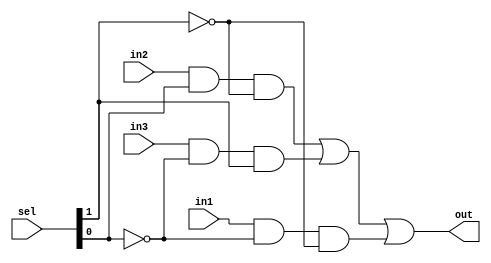
module mux2to1_3inp(out,sel,in1,in2,in3);
	input in1,in2,in3;
	input [1:0] sel;
	output out;
	wire inv_sel1,inv_sel0,wo0,wo1,wo2;
	not n1(inv_sel1,sel[1]);
	not n2(inv_sel0,sel[0]);
	and a0(wo0,in1,inv_sel0,inv_sel1);
	and a1(wo1,in2,sel[0],inv_sel1);
	and a2(wo2,in3,inv_sel0,sel[1]);
	or o1(out,wo1,wo2,wo0);
endmodule
module bit8_2to1mux_3inp(out,sel,in1,in2,in3);
	input [7:0] in1,in2,in3;
	output [7:0] out;
	input [1:0] sel;
	genvar j;
	generate for (j=0; j<8;j=j+1) begin: mux_loop
//mux_loop is the name of the loop
		mux2to1_3inp m1(out[j],sel,in1[j],in2[j],in3[j]);
//mux2to1 is instantiated every time it is called
	end
	endgenerate
endmodule
module bit32_2to1mux_3inp(out,sel,in1,in2,in3);
	input [31:0] in1,in2,in3;
	output [31:0] out;
	input [1:0] sel;
	genvar j;
	generate for (j=0;j<4;j=j+1) begin:new_loop
	bit8_2to1mux_3inp m2(out[8*(j+1)-1:8*j],sel,in1[8*(j+1)-1:8*j],in2[8*(j+1)-1:8*j],in3[8*(j+1)-1:8*j]);
	end
	endgenerate
endmodule
/*
module tb_8bit2to1mux;
 reg [31:0] INP1, INP2,INP3;
 reg [1:0]SEL;
 wire [31:0] out;
bit32_2to1mux_3inp M1(out,SEL,INP1,INP2,INP3);
 initial
 $monitor($time,"  INP1=%b INP2=%b INP3=%b SEL=%b out=%b",INP1,INP2,INP3,SEL,out);
 initial
 begin
 INP1=32'b10101010101010101010101010101010;
 INP2=32'b01010101010101010101010101010101; 
 INP3=32'b11111111111111111111111111111111;
 SEL=2'b00;
 #800 SEL=2'b01;
 #1600 SEL=2'b10;
 #1600 SEL=2'b11;
 #3200 $finish;
 end
endmodule
*/